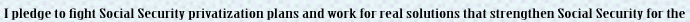
I pledge to fight Social Security privatization placs and work for real solutions that strengthen Social Security for the